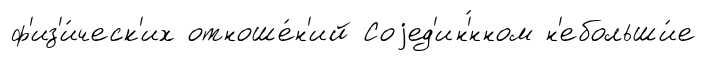
ф'из'и́ческ'их отноше́н'ий Соjед'ин'́нном н'ебольши́е